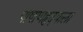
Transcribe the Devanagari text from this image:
पाषाणहृदयाला